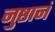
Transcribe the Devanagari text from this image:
नुष्ठानं